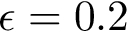
\epsilon = 0 . 2